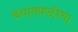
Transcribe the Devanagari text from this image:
बचावफळीचा